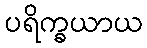
ပရိက္ခယာယ